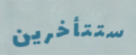
ستتأخرين